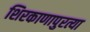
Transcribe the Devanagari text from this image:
शिरकाणापुरत्या